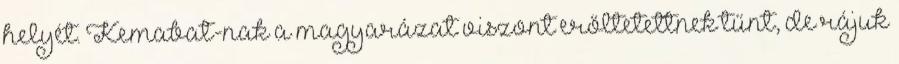
helyét. Kemabat-nak a magyarázat viszont erőltetettnek tűnt, de rájuk